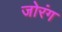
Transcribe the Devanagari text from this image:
जोरंग